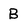
Character: B